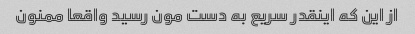
از این که اینقدر سریع به دست مون رسید واقعا ممنون